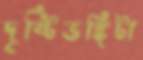
দৃষ্টিভঙ্গিটা